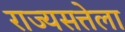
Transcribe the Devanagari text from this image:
राज्यसत्तेला